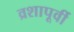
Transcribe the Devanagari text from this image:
व्रशापूर्वी